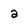
Character: a